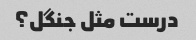
درست مثل جنگل؟